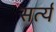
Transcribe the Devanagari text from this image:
सर्त्य